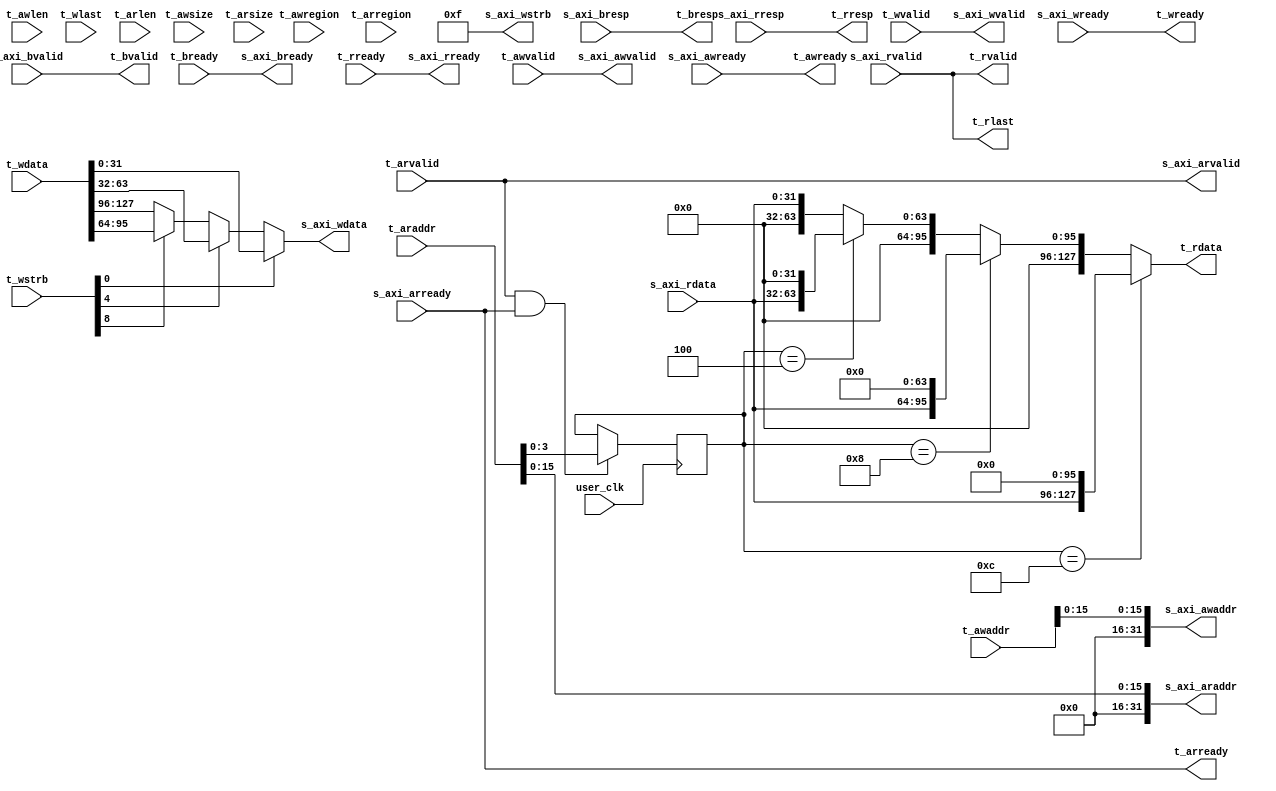
//-----------------------------------------------------------------------------
//
// (c) Copyright 2012-2013 Xilinx, Inc. All rights reserved.
//
// This file contains confidential and proprietary information of Xilinx, Inc.
// and is protected under U.S. and international copyright and other
// intellectual property laws.
//
// DISCLAIMER
//
// This disclaimer is not a license and does not grant any rights to the
// materials distributed herewith. Except as otherwise provided in a valid
// license issued to you by Xilinx, and to the maximum extent permitted by
// applicable law: (1) THESE MATERIALS ARE MADE AVAILABLE "AS IS" AND WITH ALL
// FAULTS, AND XILINX HEREBY DISCLAIMS ALL WARRANTIES AND CONDITIONS, EXPRESS,
// IMPLIED, OR STATUTORY, INCLUDING BUT NOT LIMITED TO WARRANTIES OF
// MERCHANTABILITY, NON-INFRINGEMENT, OR FITNESS FOR ANY PARTICULAR PURPOSE;
// and (2) Xilinx shall not be liable (whether in contract or tort, including
// negligence, or under any other theory of liability) for any loss or damage
// of any kind or nature related to, arising under or in connection with these
// materials, including for any direct, or any indirect, special, incidental,
// or consequential loss or damage (including loss of data, profits, goodwill,
// or any type of loss or damage suffered as a result of any action brought by
// a third party) even if such damage or loss was reasonably foreseeable or
// Xilinx had been advised of the possibility of the same.
//
// CRITICAL APPLICATIONS
//
// Xilinx products are not designed or intended to be fail-safe, or for use in
// any application requiring fail-safe performance, such as life-support or
// safety devices or systems, Class III medical devices, nuclear facilities,
// applications related to the deployment of airbags, or any other
// applications that could lead to death, personal injury, or severe property
// or environmental damage (individually and collectively, "Critical
// Applications"). Customer assumes the sole risk and liability of any use of
// Xilinx products in Critical Applications, subject only to applicable laws
// and regulations governing limitations on product liability.
//
// THIS COPYRIGHT NOTICE AND DISCLAIMER MUST BE RETAINED AS PART OF THIS FILE
// AT ALL TIMES.
//
//-----------------------------------------------------------------------------

module axi_shim 
(
   input            user_clk,
  // Input AXI4-Lite interface
   input            t_awvalid,
   input  [31:0]    t_awaddr,
   input  [3:0]     t_awlen,
   input  [2:0]     t_awregion,
   input  [2:0]     t_awsize,
   output           t_awready,
   input            t_wvalid,
   input  [127:0]   t_wdata,
   input  [15:0]    t_wstrb,
   input            t_wlast,
   output           t_wready,
   output           t_bvalid,
   input            t_bready,
   output [1:0]     t_bresp,
   input            t_arvalid,
   input  [31:0]    t_araddr,
   input  [3:0]     t_arlen,
   input  [2:0]     t_arregion,
   input  [2:0]     t_arsize,
   output           t_arready,
   output           t_rvalid,
   input            t_rready,
   output   [127:0] t_rdata,
   output   [1:0]   t_rresp,
   output           t_rlast,
  // Output AXI4-Lite interface
   output           s_axi_awvalid,
   output  [31:0]   s_axi_awaddr,
   input            s_axi_awready,
   output           s_axi_wvalid,
   output  [31:0]   s_axi_wdata,
   output  [3:0]    s_axi_wstrb,
   input            s_axi_wready,
   input            s_axi_bvalid,
   output           s_axi_bready,
   input   [1:0]    s_axi_bresp,
   output           s_axi_arvalid,
   input            s_axi_arready,
   output  [31:0]   s_axi_araddr,
   input            s_axi_rvalid,
   output           s_axi_rready,
   input   [31:0]   s_axi_rdata,
   input   [1:0]    s_axi_rresp
);

  reg  [3:0]  rd_addr_nibble = 4'd0;
  
  /********* SHIM FOR TARGET AXI to AXI-LITE connection ***********/

    //- This shim enabless the 128-bit target AXI master to connect to
    //- 32-bit AXILITE interconnect
    //- All register operations issued by software are read-modify-write
    //- operations i.e. access to all bits of one entire register 

    /*
      In case of writes, it puts the appropriate 32-bit data slice based on
      value of wstrb. 
          wstrb         wdata bit locations
          ---------------------------------
          [0] = 1       [31:0]
          [4] = 1       [63:32]
          [8] = 1       [95:64]
          [12] = 1      [127:96]
          ---------------------------------
          
      In case of reads, it places the 32-bit read data value in the
      appropriate segment in the 128-bit read data bus based on the read
      address' lowest nibble value.
          araddr[3:0]     rdata segment
          -----------------------------
           4'b0000          [31:0]
           4'b0100          [63:32]
           4'b1000          [95:64]
           4'b1100          [127:96]
          -----------------------------
     */

assign s_axi_awaddr = {16'd0,t_awaddr[15:0]};
assign s_axi_awvalid= t_awvalid;
assign t_awready    = s_axi_awready;

assign s_axi_wvalid = t_wvalid;
//- Extract out valid write data based on strobe
assign s_axi_wdata  = t_wstrb[0] ? t_wdata[31:0]  :
                      t_wstrb[4] ? t_wdata[63:32] :
                      t_wstrb[8] ? t_wdata[95:64] : t_wdata[127:96];
assign s_axi_wstrb  = 4'b1111;
assign t_wready     = s_axi_wready;

assign t_bvalid     = s_axi_bvalid;
assign s_axi_bready = t_bready;
assign t_bresp      = s_axi_bresp;

assign s_axi_arvalid= t_arvalid;
assign s_axi_araddr = {16'd0,t_araddr[15:0]};
assign t_arready    = s_axi_arready;

assign t_rvalid     = s_axi_rvalid;
assign s_axi_rready = t_rready;

  //- Latch onto the read address lowest nibble
always @(posedge user_clk)
  if (s_axi_arvalid & s_axi_arready)
    rd_addr_nibble  <= s_axi_araddr[3:0];

//- Place the read 32-bit data into the appropriate 128-bit rdata
//  location based on address nibble latched above
assign t_rdata = (rd_addr_nibble == 4'hC) ? {s_axi_rdata,96'd0} :
                 (rd_addr_nibble == 4'h8) ? {32'd0,s_axi_rdata,64'd0} :
                 (rd_addr_nibble == 4'h4) ? {64'd0,s_axi_rdata,32'd0} :
                 {96'd0,s_axi_rdata};
assign t_rresp = s_axi_rresp;                 
assign t_rlast = s_axi_rvalid;

endmodule